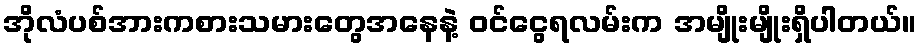
အိုလံပစ်အားကစားသမားတွေအနေနဲ့ ဝင်ငွေရလမ်းက အမျိုးမျိုးရှိပါတယ်။